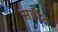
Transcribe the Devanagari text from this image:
सहीद